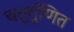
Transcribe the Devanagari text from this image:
चतुर्गुणित